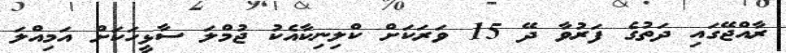
ރާއްޖޭގައި ދަތުގެ ފަރުވާ ދޭ 15 ވަރަކަށް ކްލިނިކާއެކު ޖުމްލަ ސާޅީހަކަށް އަމިއްލަ